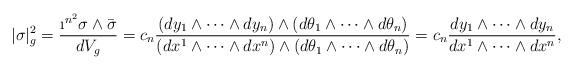
LaTeX: \begin{align*}|\sigma|^2_g=\frac{\i^{n^2}\sigma\wedge \bar{\sigma}}{dV_g}=c_n \frac{(dy_1\wedge\dots \wedge dy_n)\wedge (d\theta_1\wedge\dots \wedge d\theta_n)}{(dx^1\wedge\dots \wedge dx^n)\wedge (d\theta_1\wedge\dots \wedge d\theta_n)}=c_n\frac{dy_1\wedge\dots \wedge dy_n}{dx^1\wedge\dots \wedge dx^n},\end{align*}